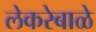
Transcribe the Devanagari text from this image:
लेकरेबाळे